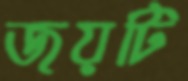
জয়টি